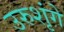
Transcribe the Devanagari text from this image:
उरुशृंगे